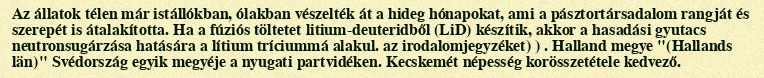
Az állatok télen már istállókban, ólakban vészelték át a hideg hónapokat, ami a pásztortársadalom rangját és szerepét is átalakította. Ha a fúziós töltetet litium-deuteridből (LiD) készítik, akkor a hasadási gyutacs neutronsugárzása hatására a lítium tríciummá alakul. az irodalomjegyzéket) ) . Halland megye "(Hallands län)" Svédország egyik megyéje a nyugati partvidéken. Kecskemét népesség korösszetétele kedvező.